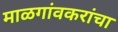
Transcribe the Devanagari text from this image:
माळगांवकरांचा